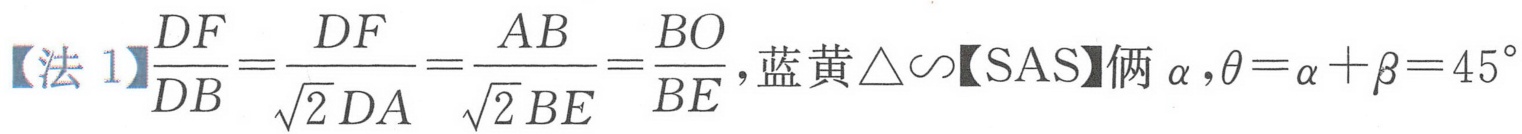
【法 1】$\frac{DF}{DB}=\frac{DF}{\sqrt{2}DA}=\frac{AB}{\sqrt{2}BE}=\frac{BO}{BE}$, 蓝黄$\triangle\sim$【SAS】俩$\alpha,\theta=\alpha + \beta = 45^{\circ}$